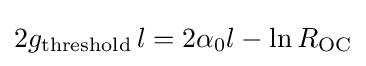
2g_{\text{threshold}}\,l=2\alpha _{0}l-\ln R_{\text{OC}}